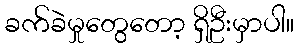
ခက်ခဲမှုတွေတော့ ရှိဦးမှာပါ။